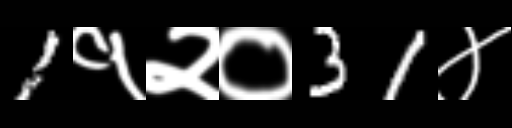
Text: 1१२०31४